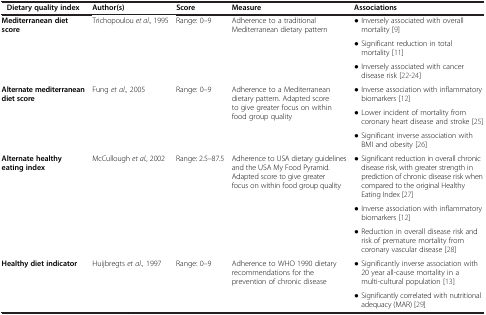
<table><thead><tr><td><b>Dietary quality index</b></td><td><b>Author(s)</b></td><td><b>Score</b></td><td><b>Measure</b></td><td><b>Associations</b></td></tr></thead><tbody><tr><td rowspan="3"><b>Mediterranean diet score</b></td><td rowspan="3">Trichopoulou <i>et al.,</i> 1995</td><td rowspan="3">Range: 0–9</td><td rowspan="3">Adherence to a traditional Mediterranean dietary pattern</td><td>● Inversely associated with overall mortality [9]</td></tr><tr><td>● Significant reduction in total mortality [11]</td></tr><tr><td>● Inversely associated with cancer disease risk [22-24]</td></tr><tr><td rowspan="2"><b>Alternate mediterraneandiet score</b></td><td rowspan="4">Fung <i>et al.,</i> 2005</td><td rowspan="4">Range: 0–9</td><td rowspan="4">Adherence to a Mediterranean dietary pattern. Adapted score to give greater focus on within food group quality</td><td>● Inverse association with inflammatory biomarkers [12]</td></tr><tr><td rowspan="2">● Lower incident of mortality from coronary heart disease and stroke [25]</td></tr><tr><td rowspan="2"> </td></tr><tr><td>● Significant inverse association with BMI and obesity [26]</td></tr><tr><td rowspan="3"><b>Alternate healthy eating index</b></td><td rowspan="3">McCullough <i>et al.,</i> 2002</td><td rowspan="3">Range: 2.5–87.5</td><td rowspan="3">Adherence to USA dietary guidelines and the USA My Food Pyramid. Adapted score to give greater focus on within food group quality</td><td>● Significant reduction in overall chronic disease risk, with greater strength in prediction of chronic disease risk when compared to the original Healthy Eating Index [27]</td></tr><tr><td>● Inverse association with inflammatory biomarkers [12]</td></tr><tr><td>● Reduction in overall disease risk and risk of premature mortality from coronary vascular disease [28]</td></tr><tr><td><b>Healthy diet indicator</b></td><td>Huijbregts <i>et al.,</i> 1997</td><td>Range: 0–9</td><td>Adherence to WHO 1990 dietary recommendations for the prevention of chronic disease</td><td>● Significantly inverse association with 20 year all-cause mortality in a multi-cultural population [13]</td></tr><tr><td> </td><td> </td><td> </td><td> </td><td>● Significantly correlated with nutritional adequacy (MAR) [29]</td></tr></tbody></table>